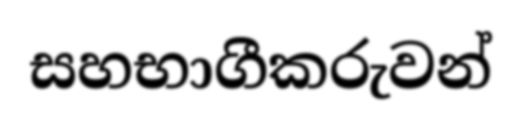
සහභාගීකරුවන්